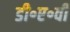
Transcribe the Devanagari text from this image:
डी॰ए॰वी